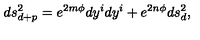
d s _ { d + p } ^ { 2 } = e ^ { 2 m \phi } d y ^ { i } d y ^ { i } + e ^ { 2 n \phi } d s _ { d } ^ { 2 } ,